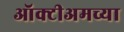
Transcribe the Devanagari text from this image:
ऑक्टीअमच्या